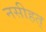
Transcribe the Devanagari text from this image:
नसीहत्